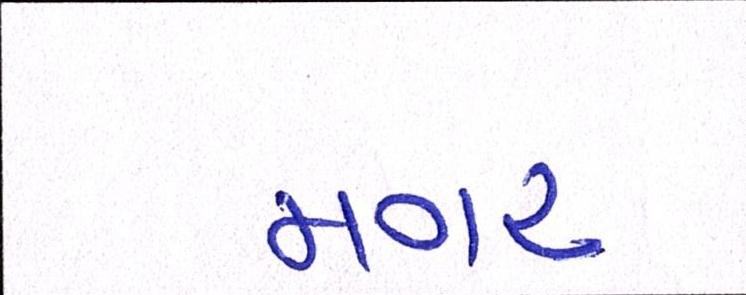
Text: મગર